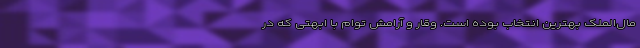
مال‌الملک بهترین انتخاب بوده است. وقار و آرامش توام با ابهتی که در